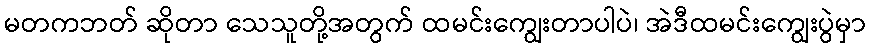
မတကဘတ် ဆိုတာ သေသူတို့အတွက် ထမင်းကျွေးတာပါပဲ၊ အဲဒီထမင်းကျွေးပွဲမှာ